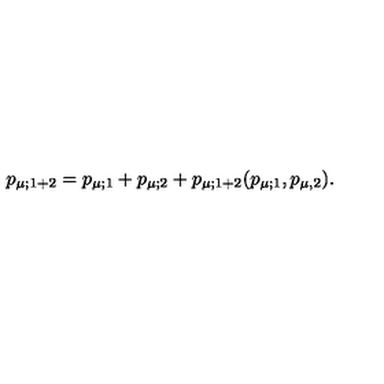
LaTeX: p _ { \mu ; 1 + 2 } = p _ { \mu ; 1 } + p _ { \mu ; 2 } + p _ { \mu ; 1 + 2 } ( p _ { \mu ; 1 } , p _ { \mu , 2 } ) .